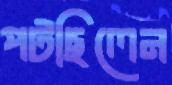
পটছিলেন